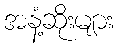
အနံ့ဆိုးများ